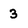
Character: 3